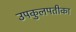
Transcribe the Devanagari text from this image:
उपकुलपतीका